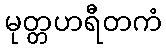
မုတ္တဟရီတကံ